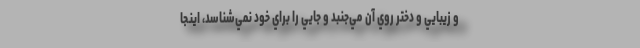
و زيبايي و دختر روي آن مي‌جنبد و جايي را براي خود نمي‌شناسد، اينجا